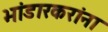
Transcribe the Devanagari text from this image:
भांडारकरांना